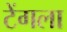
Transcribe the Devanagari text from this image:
टेंगला